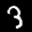
Label: 3